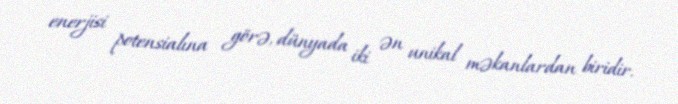
enerjisi potensialına görə, dünyada iki ən unikal məkanlardan biridir.